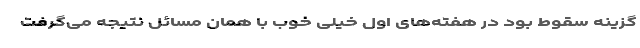
گزینه سقوط بود در هفته‌های اول خیلی خوب با همان مسائل نتیجه می‌گرفت